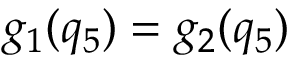
g _ { 1 } ( q _ { 5 } ) = g _ { 2 } ( q _ { 5 } )